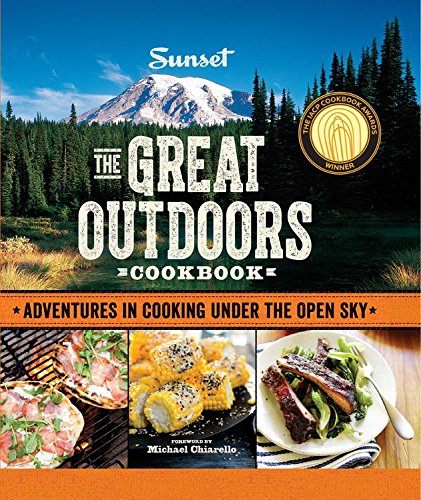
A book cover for Sunset The Great Outdoors Cookbook: Adventures in Cooking Under the Open Sky; The Editors of Sunset Magazine; Cookbooks, Food & Wine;